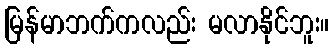
မြန်မာဘက်ကလည်း မလာနိုင်ဘူး။